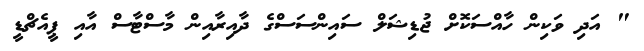
" އަދި ވަކިން ހާއްސަކޮށް ޖުޑިޝަލް ސައިންސަސްގެ ދާއިރާއިން މާސްޓާސް އާއި ޕީއެޗްޑީ